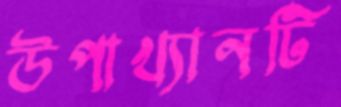
উপাখ্যানটি